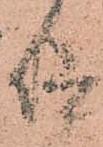
仰